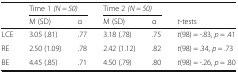
<table><thead><tr><td rowspan="2"></td><td colspan="2"><b>Time 1 <i>(N = 50)</i></b></td><td colspan="2"><b>Time 2 <i>(N = 50)</i></b></td><td></td></tr><tr><td><b>M (SD)</b></td><td><b>α</b></td><td><b>M (SD)</b></td><td><b>α</b></td><td><b><i>t</i>-tests</b></td></tr></thead><tbody><tr><td>LCE</td><td>3.05 (.81)</td><td>.77</td><td>3.18 (.78)</td><td>.75</td><td><i>t</i>(98) = -.83, <i>p</i> = .41</td></tr><tr><td>RE</td><td>2.50 (1.09)</td><td>.78</td><td>2.42 (1.12)</td><td>.82</td><td><i>t</i>(98) = .34, <i>p</i> = .73</td></tr><tr><td>BE</td><td>4.45 (.85)</td><td>.71</td><td>4.50 (.79)</td><td>.80</td><td><i>t</i>(98) = -.26, <i>p</i> = .80</td></tr></tbody></table>